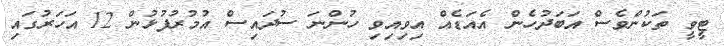
ޓީވީ ތަކުންވެސް އަބަދުހެން އެއަޑެއް އިވިއިވި ހުންނަ ސުދައިސް އުމުރުފުޅުން 12 އަހަރުގައި